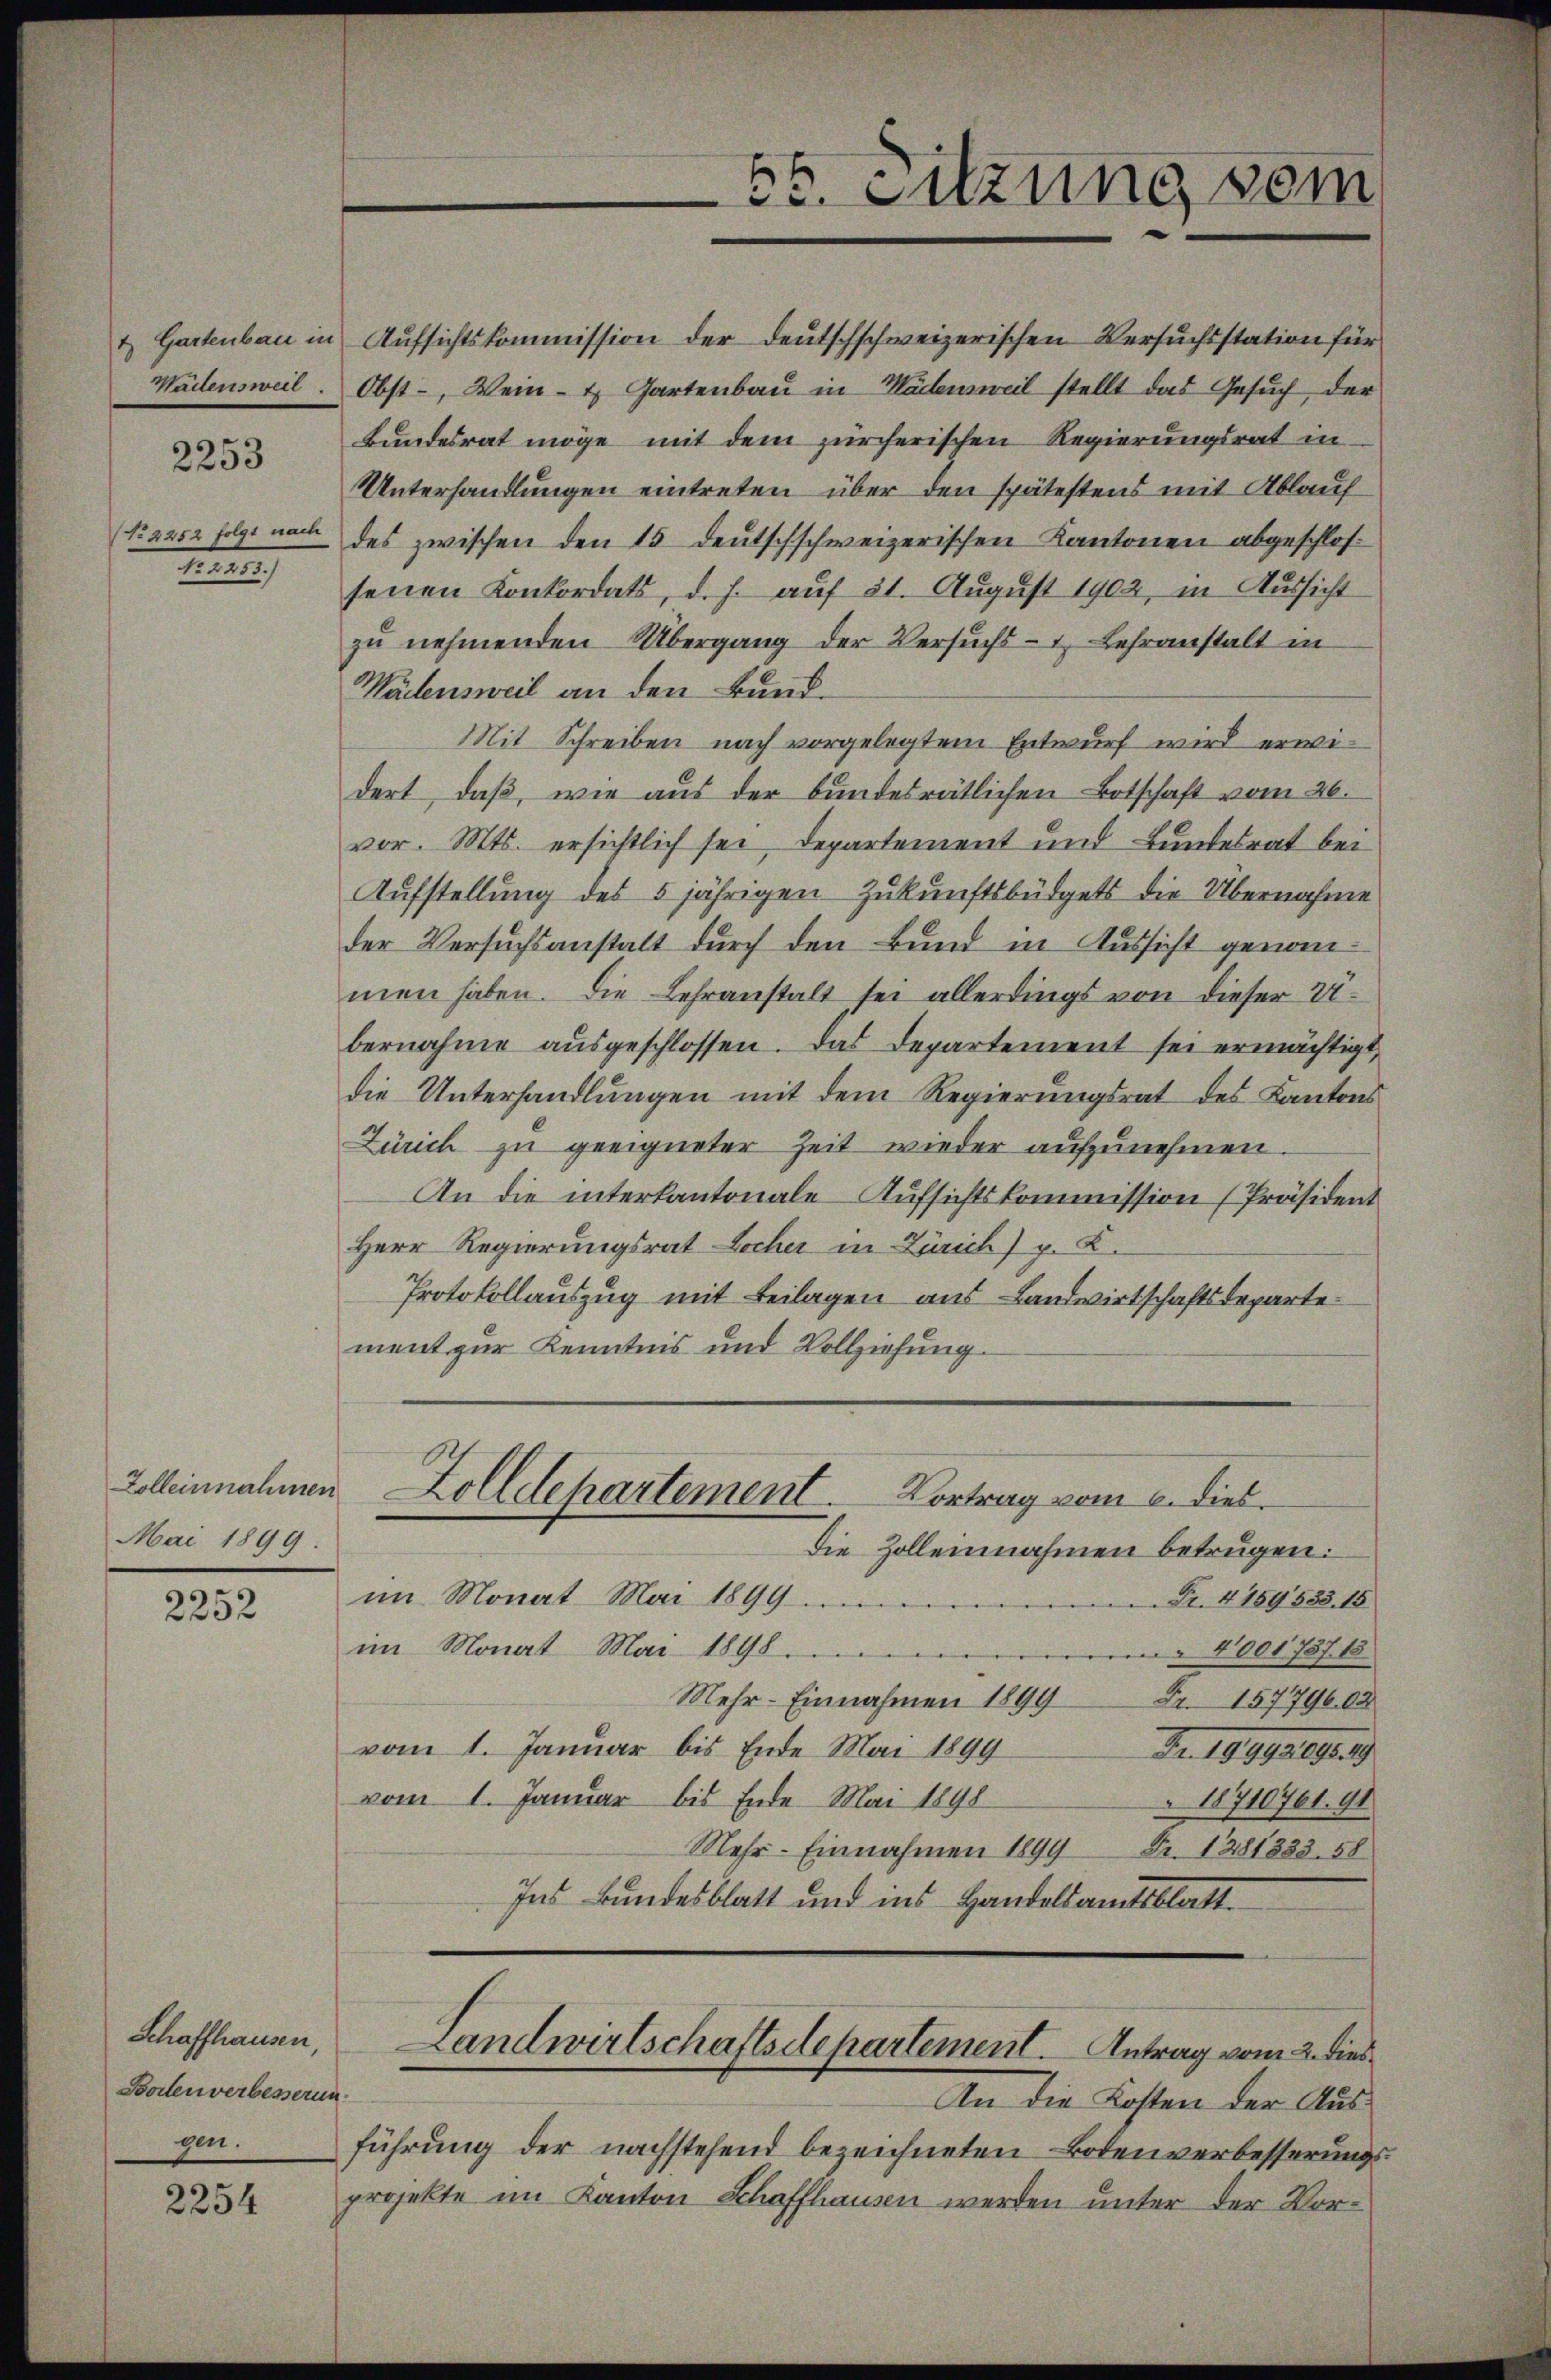
2253

1

Mai 1899.

2252

Schaffhausen
Borten verbesserung
gen.

2254

56. Sitzung vom

senen Konkordats, d. h. auf 21. August 1902, in Aussicht
zŭ nehmenden Übergang der Versŭchs-, Lehranstalt in
Wädensweil an den Bund¬
Mit Schreiben nach vorgelegtem Entwurf wird erwidert, daß, wie aus der bundesrätlichen Botschaft vom 26.
vor. Mts. ersichtlich sei departement und Bundesrat bei
Aufstellung des 5jährigen Zukunftsbüdgets die Übernahme
der Versuchsanstalt durch den Bund in Aussicht genommen haben. Die Lehranstalt sei allerdings von dieser Vibernahme aŭsgeschlossen. Das Departement sei ermächtigt,
die Unterhandlungen mit dem Regierungsrat des Kantons
Zürich zu geeigneter Zeit wieder aufzunehmen.
An die interkantonale Aufsichtskommission [Präsident
Herr Regierungsrat Locher in Zürich) p. C.
Protokollauszug mit Beilagen aus Landwirtschaftsdeparte
ment zur Kenntnis und Vollziehung.

& Gartenbau in Aufsichtskommission der deutschschweizerischen Versuchsstation für
Wädensweil. Obst-, Wein- u Gartenbau in Wädensweil stellt das Gesuch der
Bundesrat möge mit dem zürcherischen Regierungsrat in
Unterhandlungen eintreten über den spätestens mit Ablauf
N 2252 folgt nach des zwischen den 15 deutschschweizerischen Kantonen abgeschlos¬

die Zolleinnahmen betrugen:
im Monat Mai 1899.
Fr. 4159533. 15
im Monat Mai 1898.
4001787. 18
Mehr-Einnahmen 1899
Fr. 15779603
vom 1. Januar bis Ende Mai 1899
De 1891809. 19.
vom 1. Januar bis Ende Mai 1898
18710761. 91
Mehr-Einnahmen 1899 Fr. 1281333. 58
Ins Bundesblatt und ins Handelsamtsblatt.

Zolleinnahmen Zolldepartement. Vortrag vom 6. dies

Landwirtschaftsdepartement. Antrag vom 2. dies

An die Kosten der Ausführung der nachstehend bezeichneten Botenverbesserungsprojekte im Kanton Schaffhausen werden unter der Vor¬